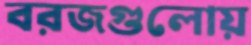
বরজগুলোয়